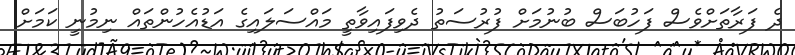
ދެ ފަރާތަށްވެސް ފަހުބަސް ބުނުމަށް ފުރުސަތު ދެވިފައިވާތީ މައްސަލައިގެ އަޑުއެހުންތައް ނިމުނީ ކަމަށް